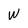
Character: W